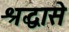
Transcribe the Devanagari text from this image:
श्रद्धासे